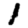
Digit: 1